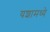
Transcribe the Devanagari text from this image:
यशामध्ये